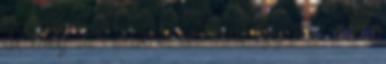
de még az HBO is ment egy kört vele,